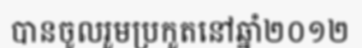
បានចូលរួមប្រកួតនៅឆ្នាំ២០១២